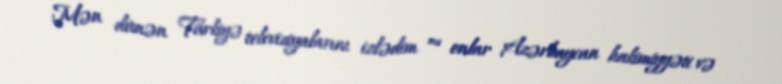
Mən dünən Türkiyə televiziyalarını izlədim ”“ onlar Azərbaycan hakimiyyəti və